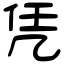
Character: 凭